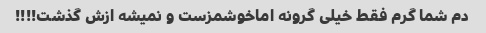
دم شما گرم فقط خیلی گرونه اماخوشمزست و نمیشه ازش گذشت!!!!